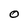
Character: O